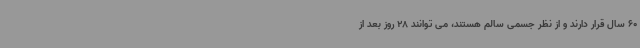
60 سال قرار دارند و از نظر جسمی سالم هستند، می توانند 28 روز بعد از